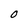
Character: O